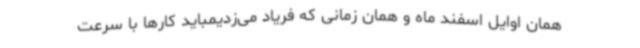
همان اوایل اسفند ماه و همان زمانی که فریاد می‌زدیمباید کارها با سرعت